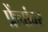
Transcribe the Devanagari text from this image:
फ्रेंचांवर